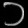
Digit: ၁